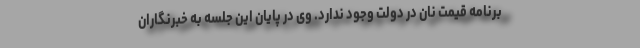
برنامه قیمت نان در دولت وجود ندارد. وی در پایان این جلسه به خبرنگاران